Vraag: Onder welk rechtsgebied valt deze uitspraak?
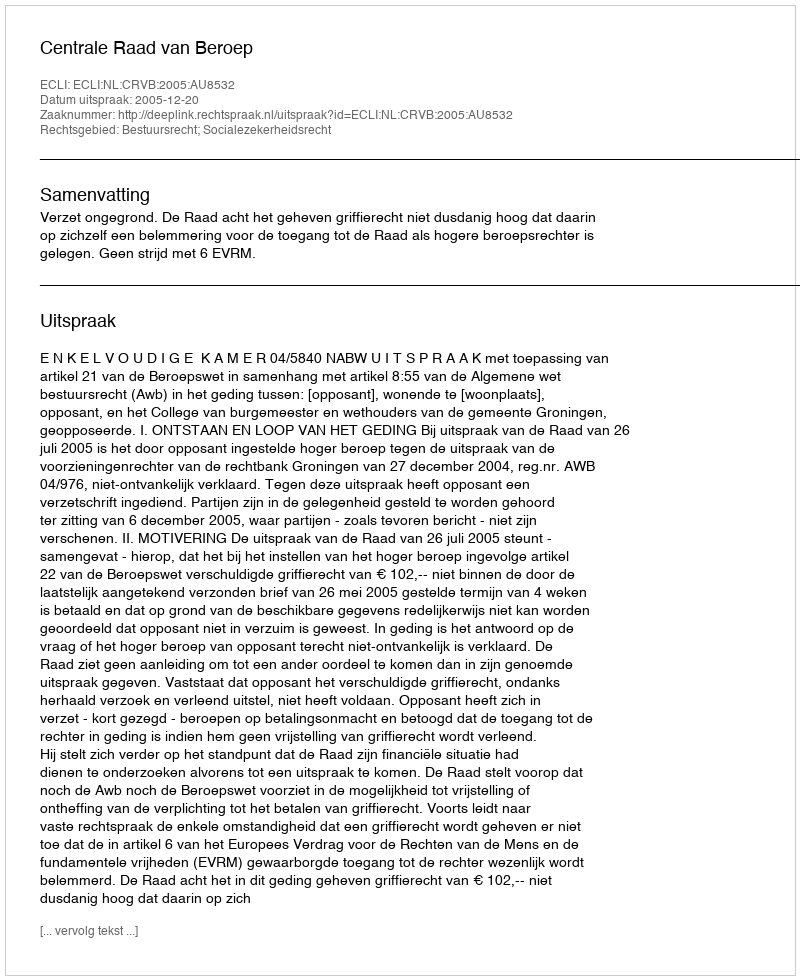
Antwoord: Bestuursrecht; Socialezekerheidsrecht